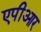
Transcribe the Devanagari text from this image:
एपीआर